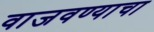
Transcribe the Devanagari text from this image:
वाजवण्याचा